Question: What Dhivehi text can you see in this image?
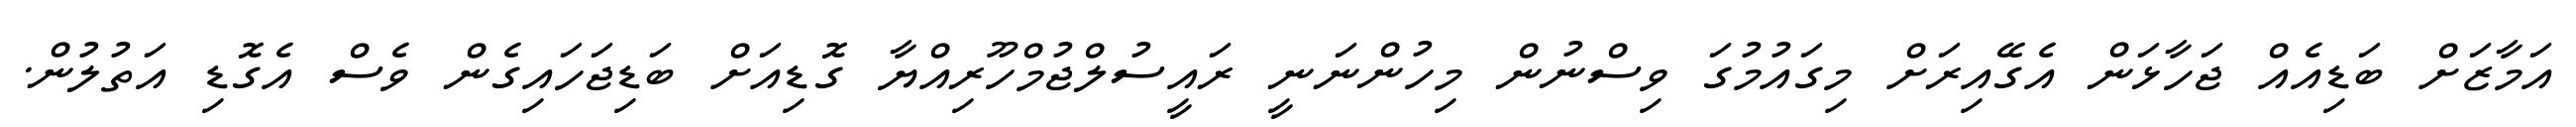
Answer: އަމާޒަށް ބަޑިއެއް ޖަހާޅަން އެގޭއިރަށް މިގައުމުގަ ވިސްނުން މިހުންނަނީ ރައީސުލްޖުމްހޫރިއްޔާ ގޮޑިއަށް ބަޑިޖަހައިގެން ވެސް އެގޮޑި އަތުލުން.